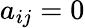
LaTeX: a_{ij}=0